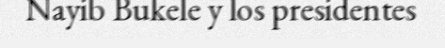
Nayib Bukele y los presidentes